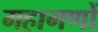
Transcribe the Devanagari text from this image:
महागणों